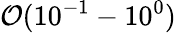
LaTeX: \mathcal{O}(10^{-1}-10^{0})